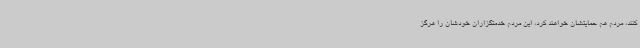
کنند، مردم هم حمایتشان خواهند کرد، این مردم خدمتگزاران خودشان را هرگز